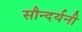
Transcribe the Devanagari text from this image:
सौन्दर्यनी